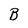
Character: B